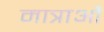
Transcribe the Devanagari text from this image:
मात्राऔं